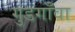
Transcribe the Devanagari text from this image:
गुडगाँवा